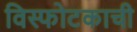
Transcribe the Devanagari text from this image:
विस्फोटकाची